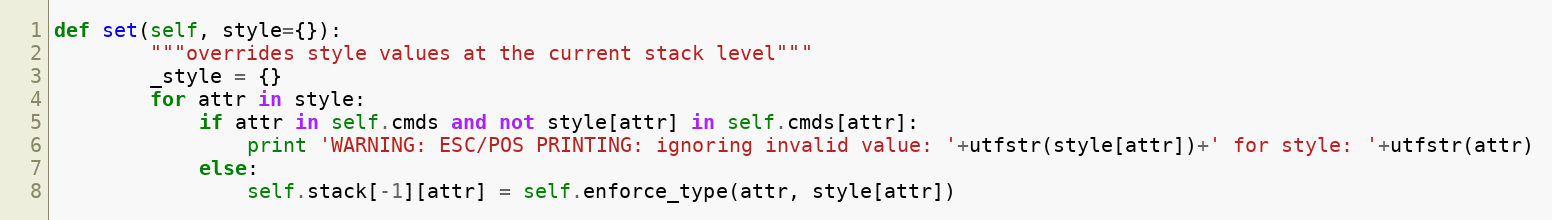
Language: Python
def set(self, style={}):
        """overrides style values at the current stack level"""
        _style = {}
        for attr in style:
            if attr in self.cmds and not style[attr] in self.cmds[attr]:
                print 'WARNING: ESC/POS PRINTING: ignoring invalid value: '+utfstr(style[attr])+' for style: '+utfstr(attr)
            else:
                self.stack[-1][attr] = self.enforce_type(attr, style[attr])